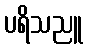
ပရိသညူ